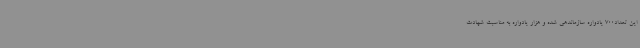
این تعداد700 یادواره سازماندهی شده و هزار یادواره به مناسبت شهادت